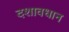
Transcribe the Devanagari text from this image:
दशावधान